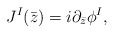
\begin{align*}J^{I}(\bar{z})=i \partial_{\bar{z}}\phi^{I},\end{align*}